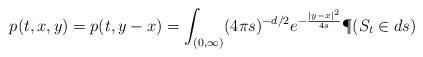
LaTeX: \begin{align*}p(t,x,y)=p(t,y-x)=\int_{(0,\infty)}(4\pi s)^{-d/2}e^{-\frac{|y-x|^2}{4s}}\P(S_t\in ds)\end{align*}